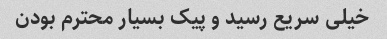
خیلی سریع رسید و پیک بسیار محترم بودن